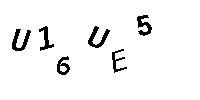
U16UE5